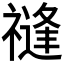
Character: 𥛝